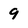
Character: 9